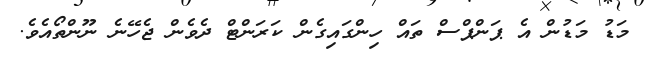
މަޑު މަޑުން އެ ޕަންޕްސް ތައް ހިންގައިގެން ކަރަންޓް ދެވެން ޖެހޭނެ ނޫންތޯއެވެ.